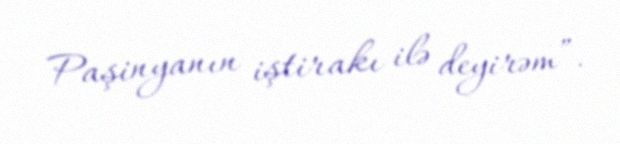
Paşinyanın iştirakı ilə deyirəm”.